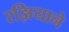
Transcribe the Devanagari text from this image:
रझियाने